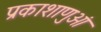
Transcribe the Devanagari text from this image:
प्रकाशाणुओं